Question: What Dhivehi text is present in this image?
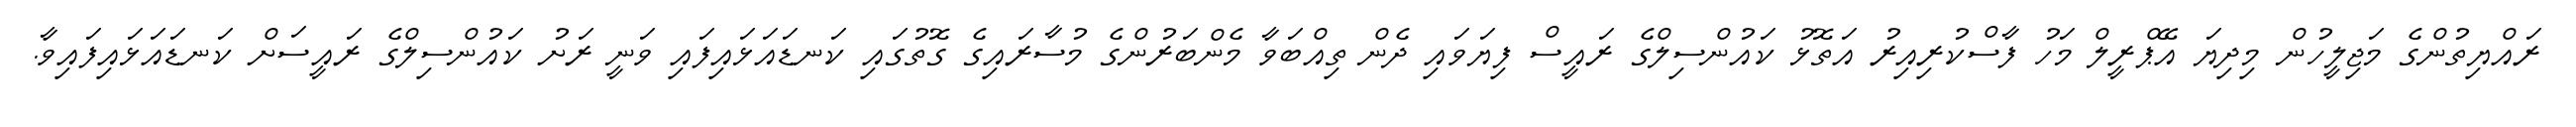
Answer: ރައްޔިތުންގެ މަޖިލީހުން މިދިޔަ އޭޕްރީލް މަހު ފާސްކުރިއިރު އަތޮޅު ކައުންސިލްގެ ރައީސް ފިޔަވައި ދެން ތިއްބަވާ މެންބަރުންގެ މުސާރައިގެ ގޮތުގައި ކަނޑައަޅައިފައި ވަނީ ރަށު ކައުންސިލްގެ ރައީސަށް ކަނޑައަޅައިފައިވާ.